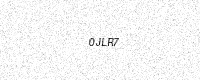
Text: 0JLR7